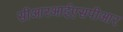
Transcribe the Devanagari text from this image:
सीआरआईएसपीआर